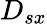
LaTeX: D_{sx}